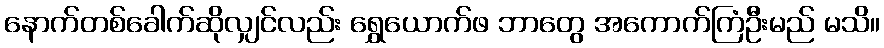
နောက်တစ်ခေါက်ဆိုလျှင်လည်း ရွှေယောက်ဖ ဘာတွေ အကောက်ကြံဦးမည် မသိ။